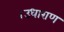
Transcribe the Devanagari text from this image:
।उधाराण